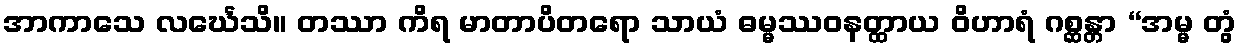
အာကာသေ လင်္ဃေသိ။ တဿာ ကိရ မာတာပိတရော သာယံ ဓမ္မဿဝနတ္ထာယ ဝိဟာရံ ဂစ္ဆန္တာ “အမ္မ တွံ